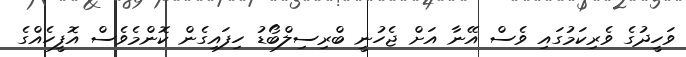
ވަހީދުގެ ވެރިކަމުގައި ވެސް އޭނާ އަށް ޖެހުނީ ބްރިސިލްބޯޑު ހިފައިގެން ކޮންމެވެސް އޮފީހެއްގެ